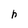
Character: h